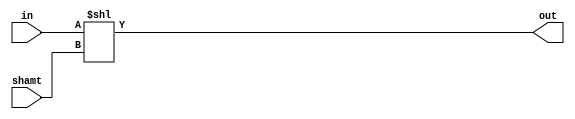
module left_shifter #(parameter LogWidth = 5) (
  input[2**LogWidth-1:0] in,
  input[LogWidth-1:0] shamt,
  output[2**LogWidth-1:0] out
);
  assign out = in << shamt;
endmodule